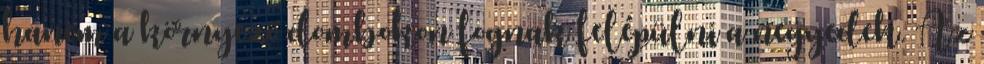
hanem a környező dombokon fognak felépülni a negyedek. Az